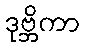
ဒုဗ္ဘိကာ